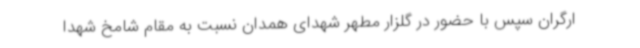
ارگران سپس با حضور در گلزار مطهر شهدای همدان نسبت به مقام شامخ شهدا